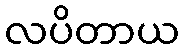
လပိတာယ